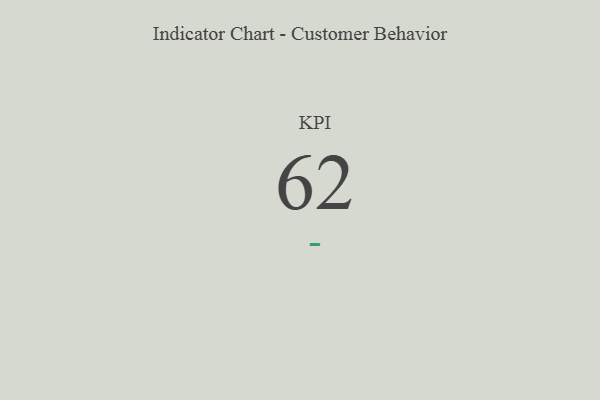
{"axis": {"x": "KPI", "y": "Value"}, "legend": [""], "data": [{"x": "KPI", "y": 62, "type": ""}]}